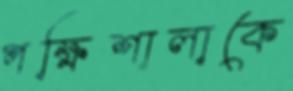
পক্ষিশালাকে